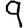
Digit: 9